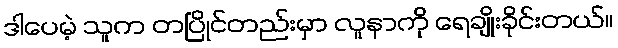
ဒါပေမဲ့ သူက တပြိုင်တည်းမှာ လူနာကို ရေချိုးခိုင်းတယ်။